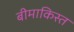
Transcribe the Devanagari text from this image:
बीमाकिस्त